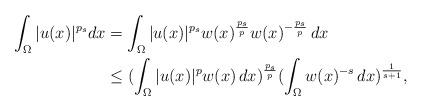
LaTeX: \begin{align*}\int_{\Omega}|u(x)|^{p_s}dx&=\int_{\Omega}|u(x)|^{p_s}w(x)^\frac{p_s}{p}w(x)^{-\frac{p_s}{p}}\,dx\\&\leq(\int_{\Omega}|u(x)|^pw(x)\,dx)^\frac{p_s}{p}(\int_{\Omega}w(x)^{-s}\,dx)^\frac{1}{s+1},\\\end{align*}